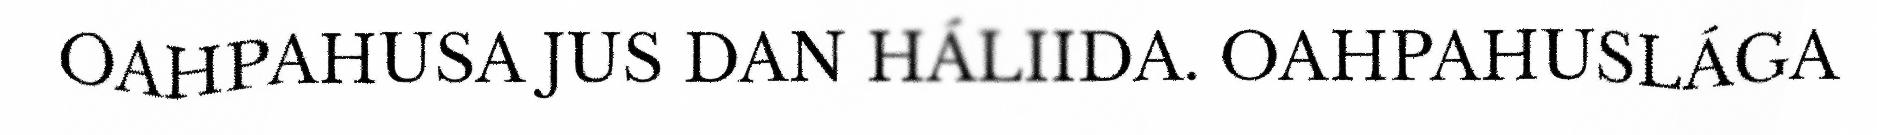
OAHPAHUSA JUS DAN HÁLIIDA. OAHPAHUSLÁGA